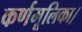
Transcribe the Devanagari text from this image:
कर्णमूलिका।